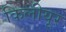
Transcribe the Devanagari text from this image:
किलीयूर